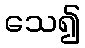
သေ၍